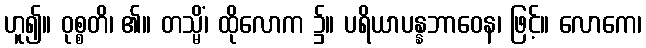
ဟူ၍။ ဝုစ္စတိ၊ ၏။ တသ္မိံ၊ ထိုလောက ၌။ ပရိယာပန္နဘာဝေန၊ ဖြင့်။ လောကေ၊